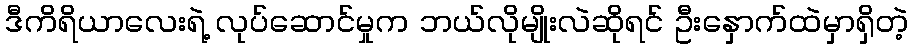
ဒီကိရိယာလေးရဲ့ လုပ်ဆောင်မှုက ဘယ်လိုမျိုးလဲဆိုရင် ဦးနှောက်ထဲမှာရှိတဲ့